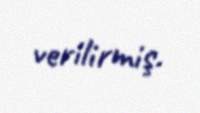
verilirmiş.